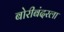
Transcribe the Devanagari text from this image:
बोरीबंदरला